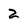
Character: 2